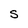
Character: S